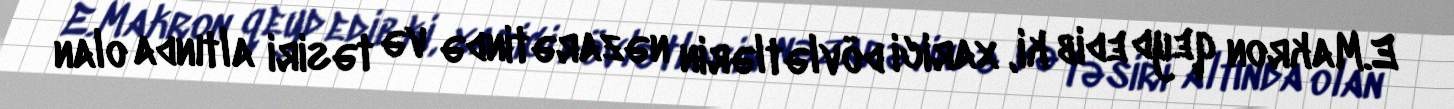
E.Makron qeyd edib ki, xarici dövlətlərin nəzarətində və təsiri altında olan